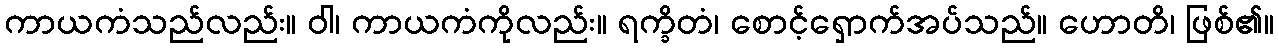
ကာယကံသည်လည်း။ ဝါ၊ ကာယကံကိုလည်း။ ရက္ခိတံ၊ စောင့်ရှောက်အပ်သည်။ ဟောတိ၊ ဖြစ်၏။